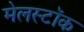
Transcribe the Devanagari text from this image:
मेलस्टॉक